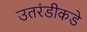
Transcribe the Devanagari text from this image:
उतरंडीकडे